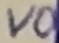
Text: VO